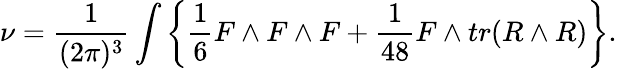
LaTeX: \nu={\frac{1}{(2\pi)^{3}}}\int\left\{ {\frac{1}{6}}F\wedge F\wedge F+{\frac{1}{48}}F\wedge tr(R\wedge R)\right\} .